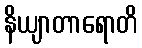
နိယျာတာရောတိ